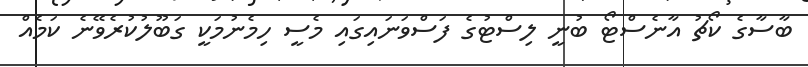
ބާސާގެ ކޯޗު އާނެސްޓޯ ބުނީ ލިސްޓުގެ ފަސްވަނައިގައި މެސީ ހިމެނުމަކީ ގަބޫލުކުރެވޭނެ ކަމެއް